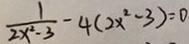
\frac { 1 } { 2 x ^ { 2 } - 3 } - 4 ( 2 x ^ { 2 } - 3 ) = 0